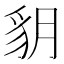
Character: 𧲩